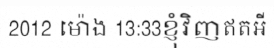
2012 ម៉ោង 13:33ខ្ញុំវិញឥតអី